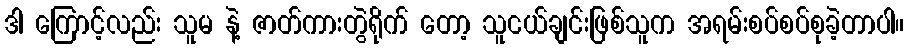
ဒါ ကြောင့်လည်း သူမ နဲ့ ဇာတ်ကားတွဲရိုက် တော့ သူငယ်ချင်းဖြစ်သူက အရမ်းစပ်စပ်စုခဲ့တာပါ။